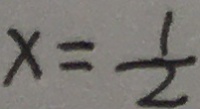
x = \frac { 1 } { 2 }